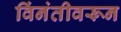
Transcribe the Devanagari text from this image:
विंनंतीवरून